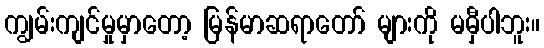
ကျွမ်းကျင်မှုမှာတော့ မြန်မာဆရာတော် များကို မမှီပါဘူး။